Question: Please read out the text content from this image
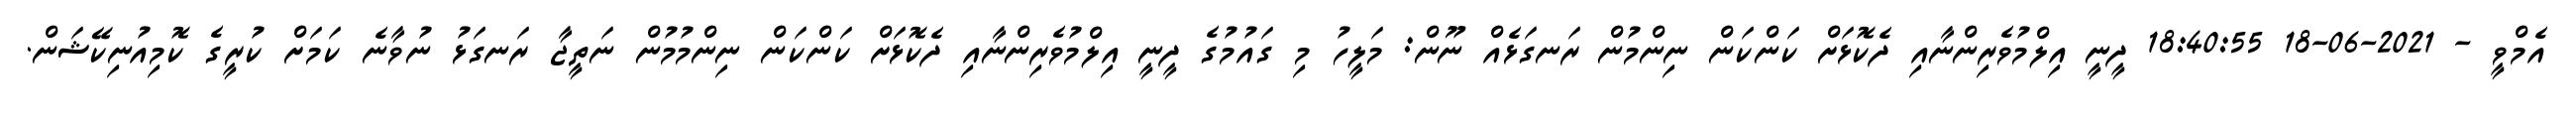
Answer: އެމްވީ - 2021-06-18 18:40:55 ދީނީ އިލްމުވެރިންނާއި ދެކޮޅަށް ކަންކަން ނިންމުން ރަނގަޅެއް ނޫން: މަލީހު މި ގައުމުގެ ދީނީ އިލްމުވެރިންނާއި ދެކޮޅަށް ކަންކަން ނިންމުމުން ނަތީޖާ ރަނގަޅު ނުވާނެ ކަމަށް ކުރީގެ ކޮމިއުނިކޭޝަން.